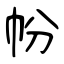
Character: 帉